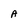
Character: A